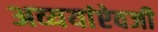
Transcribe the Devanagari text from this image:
अव्ययांऐवजी